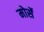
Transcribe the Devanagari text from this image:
मोर्से